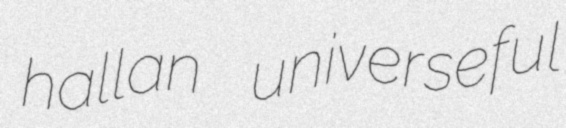
hallan universeful